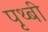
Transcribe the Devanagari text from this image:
पृथ्बी